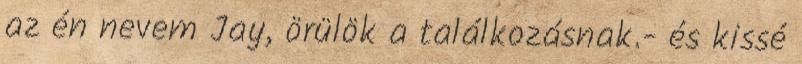
az én nevem Jay, örülök a találkozásnak.- és kissé